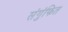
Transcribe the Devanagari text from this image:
संगुंफित